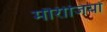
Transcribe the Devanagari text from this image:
मौरीजियों